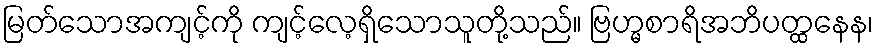
မြတ်သောအကျင့်ကို ကျင့်လေ့ရှိသောသူတို့သည်။ ဗြဟ္မစာရိအဘိပတ္ထနေန၊